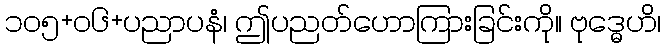
၁၀၅+၀၆+ပညာပနံ၊ ဤပညတ်ဟောကြားခြင်းကို။ ဗုဒ္ဓေဟိ၊